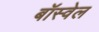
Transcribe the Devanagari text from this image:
बॉस्वेल